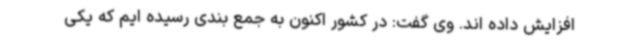
افزایش داده اند. وی گفت: در کشور اکنون به جمع بندی رسیده ایم که یکی